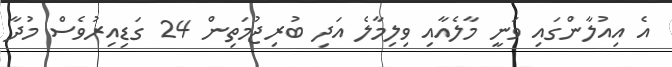
އެ އިއުލާންގައި ވަނީ މާލެއާއި ވިލިމާލެ އަދި ބުރިޖުމަތިން 24 ގަޑިއިރުވެސް މުދާ